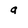
Character: 9